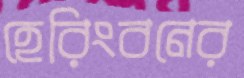
হেরিংবনের